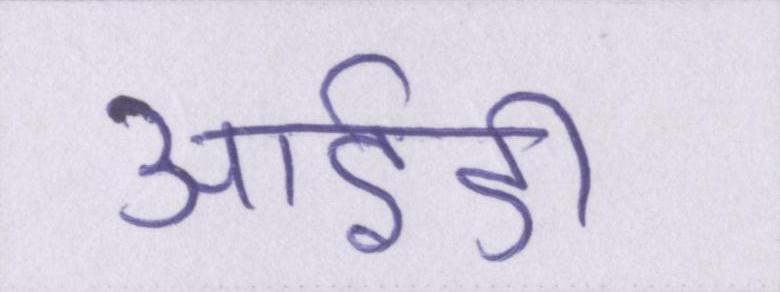
आईडी